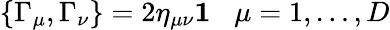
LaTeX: \{ \Gamma_{\mu},\Gamma_{\nu}\} =2\eta_{\mu\nu}{\mathbf 1}\; \; \; \mu=1,\ldots,D